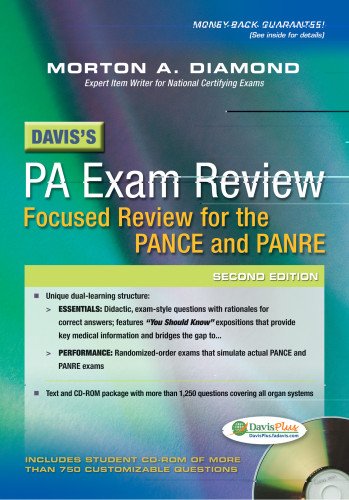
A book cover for Davis's PA Exam Review: Focused Review for the PANCE and PANRE; Morton A. Diamond MD  FACP  FAHA  FACC(E); Test Preparation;